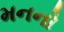
મનનો